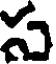
స